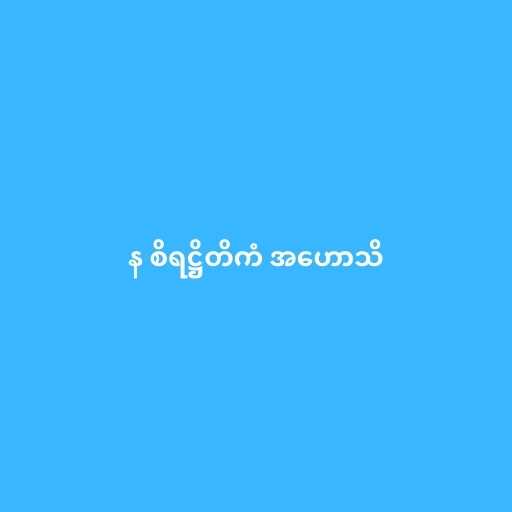
န စိရဋ္ဌိတိကံ အဟောသိ